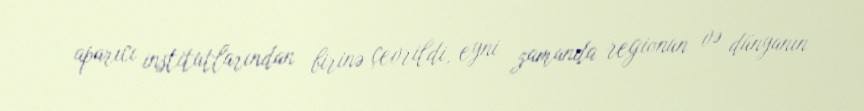
aparıcı institutlarından birinə çevrildi, eyni zamanda regionun və dünyanın